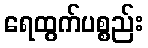
ရေထွက်ပစ္စည်း